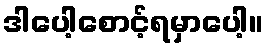
ဒါပေါ့စောင့်ရမှာပေါ့။